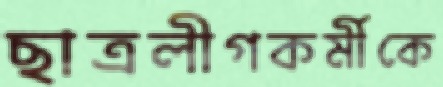
ছাত্রলীগকর্মীকে